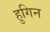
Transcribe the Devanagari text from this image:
हुगिन